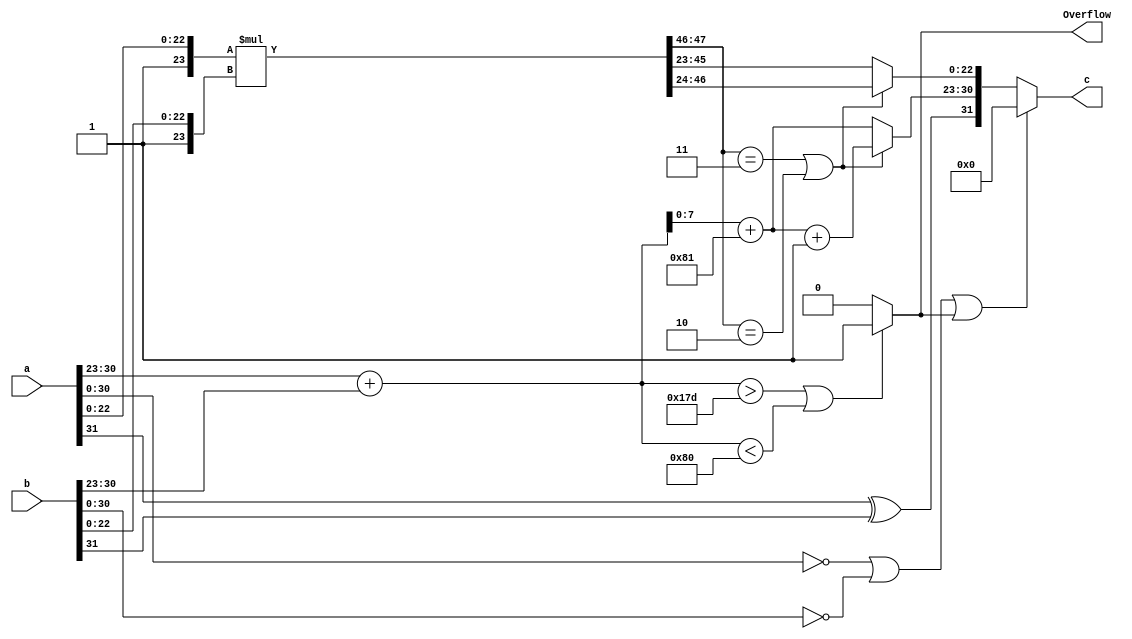
module FP32Multiplier(
    input   wire [31:0] a,b,
    output  wire Overflow,
    output  wire [31:0] c
);

    wire [31:0] ZEROS = 32'b00000000000000000000000000000000;
    wire [8:0] posOverflow = 9'b101111101;   //381
    wire [8:0] negOverflow = 9'b010000000;   //128


    wire [7:0] a_exp;
    wire [7:0] b_exp;
    wire [8:0] addition_exp;
    wire [8:0] bias  = 9'b110000001;  // 2's complement of 127
    wire [9:0] biased_addition_exp;
    wire [7:0] result_exp;
    wire [7:0] final_exp;
    wire [23:0] a_mantissa;  // 23-bit for mantessa and implicit 1-bit leading one
    wire [23:0] b_mantissa;
    wire [47:0] result_mantissa; 
    wire [22:0] final_mantissa;
    wire sign;
    wire of;

    assign sign = a[31] ^ b[31];
    assign a_exp  = a[30:23];
    assign b_exp  = b[30:23];
    assign a_mantissa = { 1'b1, a[22:0] };
    assign b_mantissa = { 1'b1, b[22:0] };

    assign addition_exp = a_exp + b_exp;
    assign biased_addition_exp = addition_exp + bias;
    assign result_exp = biased_addition_exp[7:0]; // discard the carry from previous addition & discard the second MSB as it should be 0
                                                  // (otherwise overflow happens)
    assign result_mantissa = a_mantissa * b_mantissa;
    assign final_exp = result_mantissa[47:46] == 2'b11 || result_mantissa[47:46] == 2'b10 ? result_exp + 1'b1 : result_exp;
    assign final_mantissa = result_mantissa[47:46] == 2'b11 || result_mantissa[47:46] == 2'b10 ? result_mantissa[46:24] : result_mantissa[45:23];

    assign of = addition_exp > posOverflow || addition_exp < negOverflow ? 1'b1 : 1'b0; 
    assign Overflow = of;

    //addition of exponent must be between [1 + 127, 254 + 127]  as the bias is -127
    assign c = a[30:0] == ZEROS[30:0] || b[30:0] == ZEROS[30:0] || of ? ZEROS : { sign, final_exp, final_mantissa };

endmodule

module SyncFP32Multiplier(
    input wire [31:0] a,
    input wire [31:0] b,
    output wire [31:0] c,
    output wire Overflow,
    input wire clk,
    input wire rst
);
    reg slow_clk = 1'b1;
    reg [31:0] in_a = 32'b0;
    reg [31:0] in_b = 32'b0;
    reg [31:0] out_c;
    reg out_Overflow;

    assign c = out_c;
    assign Overflow = out_Overflow;

    wire [31:0] temp_c;
    wire temp_Overflow;

    FP32Multiplier mul(
        .a(in_a),
        .b(in_b),
        .c(temp_c),
        .Overflow(temp_Overflow)
    );

    reg [31:0] counter = 32'b1;

    always @(posedge slow_clk, posedge rst) begin
        if (rst) begin
            in_a <= 32'b0;
            in_b <= 32'b0;
            out_c <= 64'b0;
            out_Overflow <= 1'b0;
        end else begin
            in_a <= a;
            in_b <= b;
            out_c <= temp_c;
            out_Overflow <= temp_Overflow;
        end
    end

    always @(posedge clk , posedge rst) begin
        if (rst) begin
            //reset signal
            counter <= 32'b1;
            slow_clk <= 1'b0;
        end else begin
            if (counter[5] == 1'b1) begin // this will delay until the bit you select +1 x2 (for example this will delay 6 cycles)
                counter <= 32'b1;
                slow_clk <= ~slow_clk;    // flip clk
            end else begin
                counter[31:1] <= counter[30:0];
                counter[0] <= 1'b1;
            end
        end
    end
    
endmodule